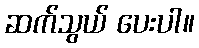
ဆက်သွယ် ပေးပါ။